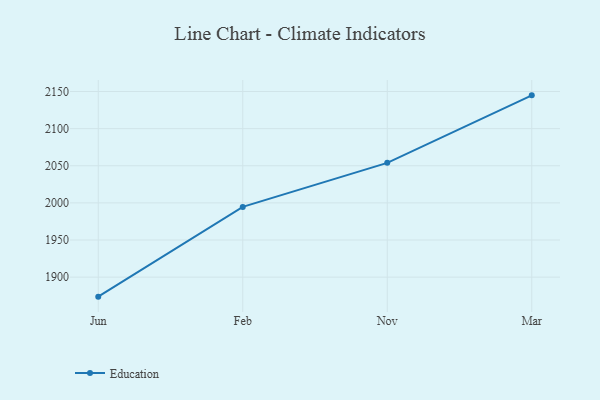
{"axis": {"x": "Month", "y": "Budget (USD K)"}, "legend": ["Education"], "data": [{"x": "Jun", "y": 1873.7, "type": "Education"}, {"x": "Feb", "y": 1994.6, "type": "Education"}, {"x": "Nov", "y": 2053.9, "type": "Education"}, {"x": "Mar", "y": 2144.8, "type": "Education"}]}